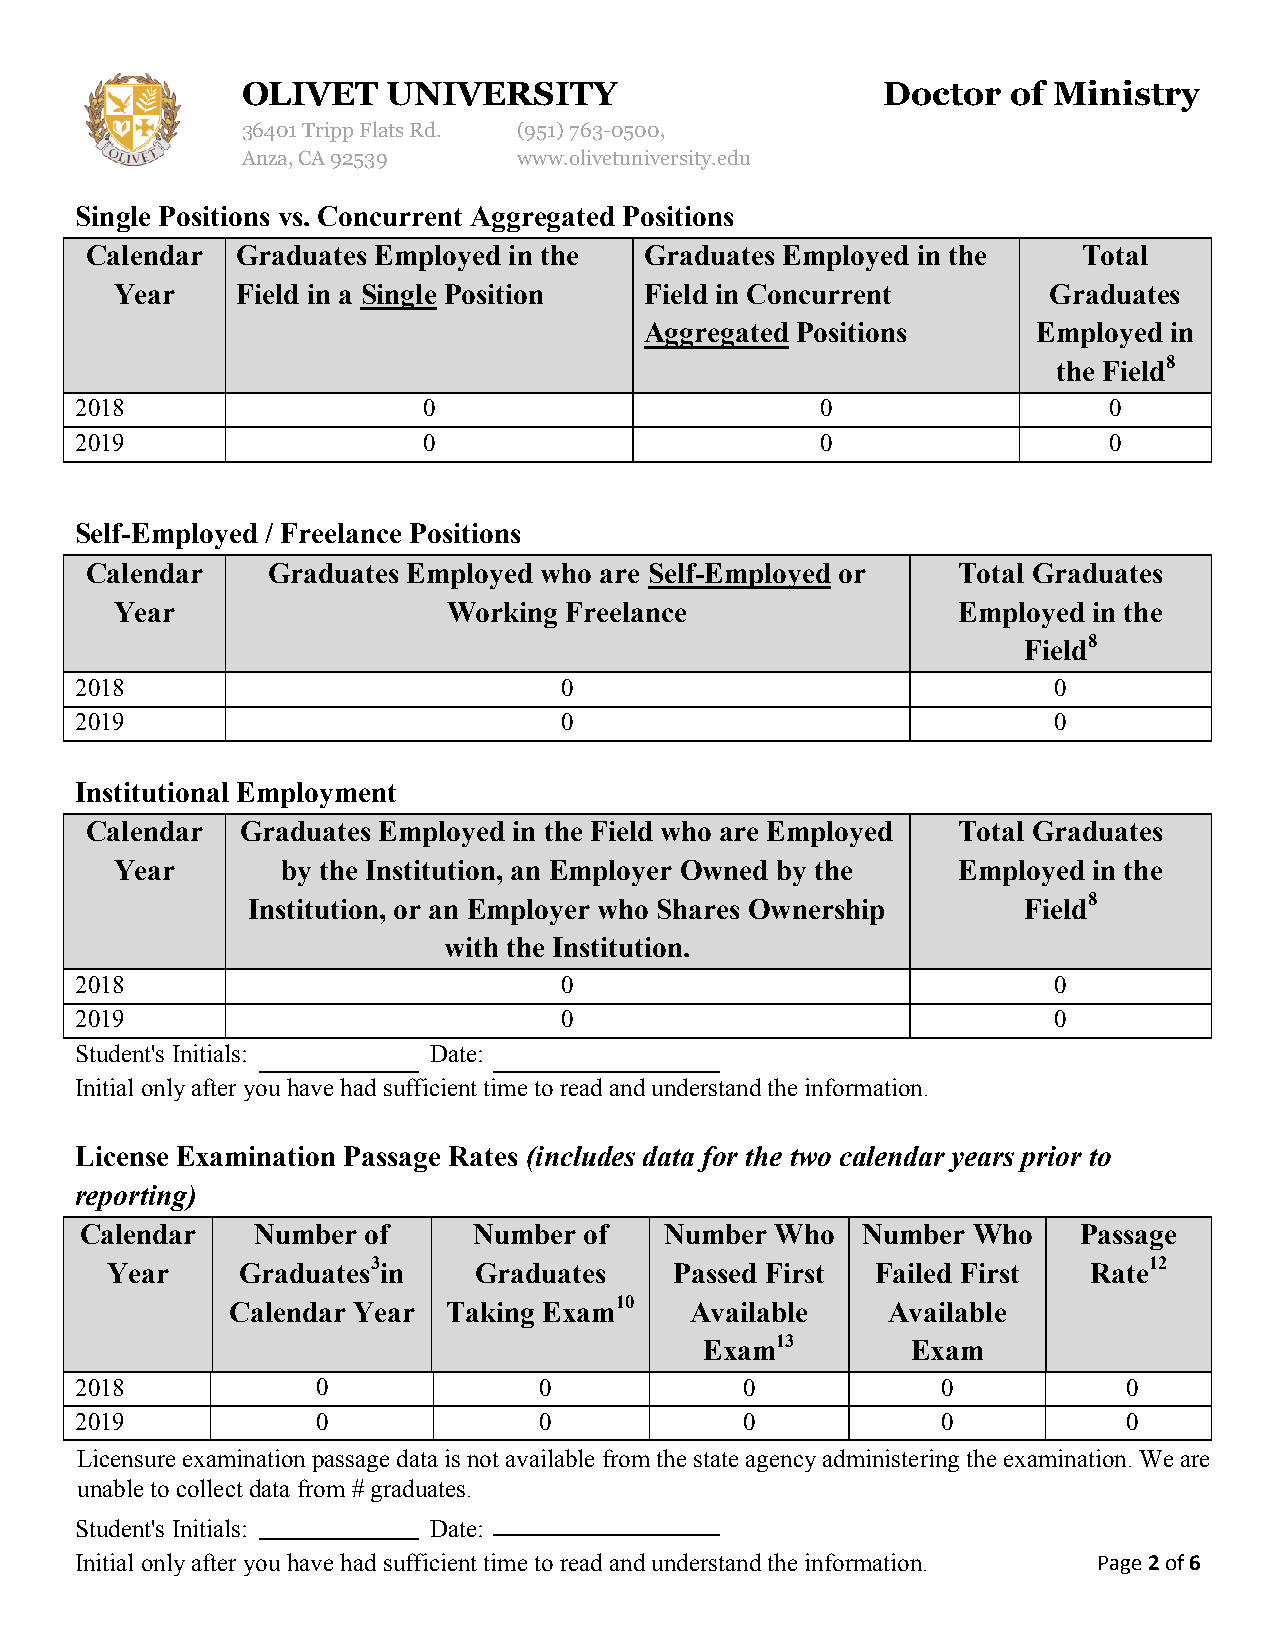
OLIVET    UNIVERSITY                      Doctor   of Ministry
 36401 Tripp Flats Rd. (951)763-0500,
 Anza, CA 92539    www.olivetuniversity.edu
 Single Positions vs. Concurrent Aggregated Positions
 Calendar  Graduates Employed in the  Graduates Employed in the    Total
 Year    Field in a Single Position Field in Concurrent       Graduates
 Aggregated Positions      Employed in
 the Field8
 2018                   0                         0                  0
 2019                   0                         0                  0
 Self-Employed / Freelance Positions
 Calendar    Graduates Employed who are Self-Employed or  Total Graduates
 Year                  Working Freelance                Employed in the
 Field8
 2018                            0                                0
 2019                            0                                0
 Institutional Employment
 Calendar  Graduates Employed in the Field who are Employed Total Graduates
 Year       by the Institution, an Employer Owned by the Employed in the
 Institution, or an Employer who Shares Ownership    Field8
 with the Institution.
 2018                            0                                0
 2019                            0                                0
 Student's Initials:    Date:
 Initial only after you have had sufficient time to read and understand the information.
 License Examination Passage Rates (includes data for the two calendar years prior to
 reporting)
 Calendar    Number of     Number  of   Number Who   Number Who     Passage
 Year     Graduates3in   Graduates     Passed First Failed First  Rate12
 Calendar Year  Taking Exam10   Available    Available
 Exam13       Exam
 2018            0              0            0            0            0
 2019            0              0            0            0            0
 Licensure examination passage data is not available from the state agency administering the examination. We are
 unable to collect data from # graduates.
 Student's Initials:    Date:
 Initial only after you have had sufficient time to read and understand the information. Page 2 of 6